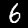
Digit: 6